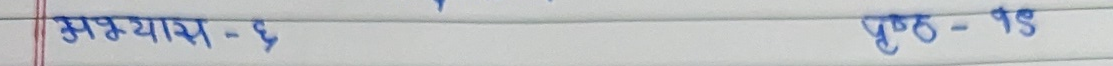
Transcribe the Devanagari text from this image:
अभ्यास - ६ पृष्ठ- १३